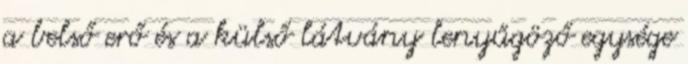
a belső erő és a külső látvány lenyűgöző egysége